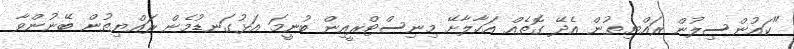
"ކައުންސިލުން ރައްޔިތުން އެދޭ ގޮތެއް އަހާލާށޭ މިނިސްޓްރީއިން ބުނީމަ އަޅުގަނޑުމެން ރައްޔިތުން ބޭނުންވާ